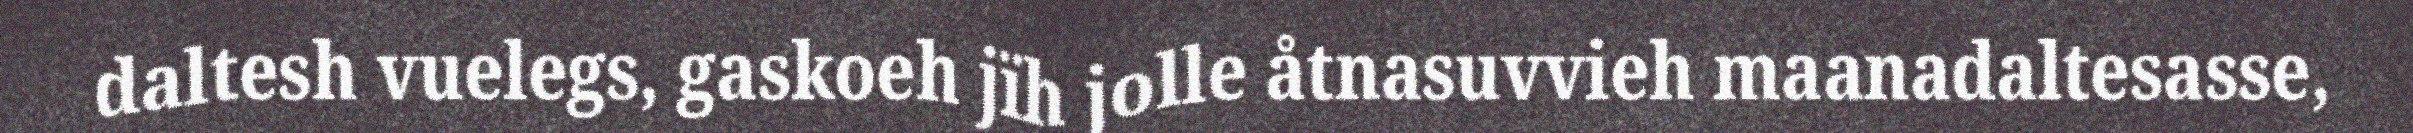
daltesh vuelegs, gaskoeh jïh jolle åtnasuvvieh maanadaltesasse,